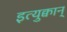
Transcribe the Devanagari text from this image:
इत्युक्वान्